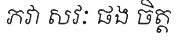
ភវា សវៈ ផង ចិត្ត